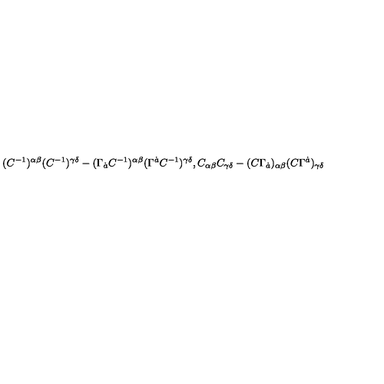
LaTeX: ( C ^ { - 1 } ) ^ { \alpha \beta } ( C ^ { - 1 } ) ^ { \gamma \delta } - ( \Gamma _ { \dot { a } } C ^ { - 1 } ) ^ { \alpha \beta } ( \Gamma ^ { \dot { a } } C ^ { - 1 } ) ^ { \gamma \delta } , C _ { \alpha \beta } C _ { \gamma \delta } - ( C \Gamma _ { \dot { a } } ) _ { \alpha \beta } ( C \Gamma ^ { \dot { a } } ) _ { \gamma \delta }